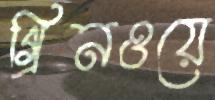
গ্রিনওয়ে